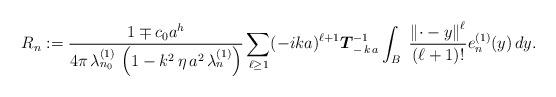
LaTeX: \begin{align*}R_{n} := \frac{1 \mp c_0 a^{h}}{4 \pi \,\lambda_{n_{0}}^{(1)} \, \left(1 - k^{2} \, \eta \, a^{2} \, \lambda_{n}^{(1)} \right)} \sum_{\ell \geq 1} (-ika)^{\ell+1} \boldsymbol{T}_{- \, k \, a}^{-1} \int_{B} \; \frac{\left\Vert \cdot - y \right\Vert^{\ell}}{(\ell+1)!} e_{n}^{(1)}(y) \, dy. \end{align*}